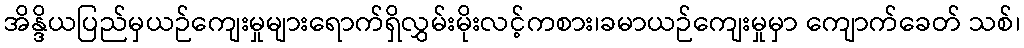
အိန္ဒိယပြည်မှယဉ်ကျေးမှုများရောက်ရှိလွှမ်းမိုးလင့်ကစား၊ခမာယဉ်ကျေးမှုမှာ ကျောက်ခေတ် သစ်၊